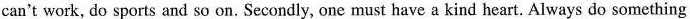
can't work, do sports and so on. Secondly, one must have a kind heart. Always do something